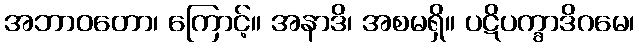
အဘာဝတော၊ ကြောင့်။ အနာဒိ၊ အစမရှိ။ ပဋိပက္ခာဒိဂမေ၊